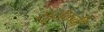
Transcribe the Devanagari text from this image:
सूर्यकवी